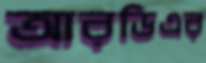
আরডিএর